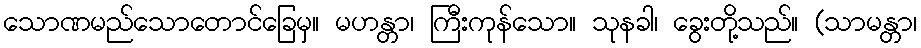
သောဏမည်သောတောင်ခြေမှ။ မဟန္တာ၊ ကြီးကုန်သော။ သုနခါ၊ ခွေးတို့သည်။ (သာမန္တာ၊